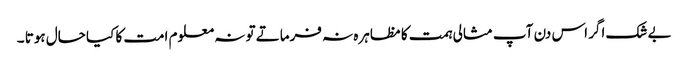
بے شک اگر اس دن آپ مثالی ہمت کا مظاہرہ نہ فرماتے تو نہ معلوم امت کا کیا حال ہوتا ۔